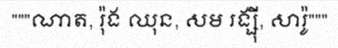
"""ណាត, រ៉ុង ឈុន, សម រង្ស៊ី, សារ៉ូ"""